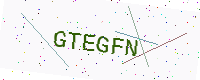
Text: GTEGFN